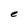
Character: e